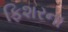
ફિશરના